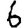
Digit: 6